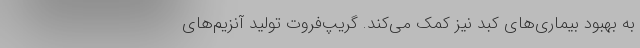
به بهبود بیماری‌های کبد نیز کمک می‌کند. گریپ‌فروت تولید آنزیم‌های